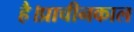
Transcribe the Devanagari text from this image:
है।प्राचीनकाल